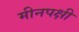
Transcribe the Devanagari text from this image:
मीनपक्षी